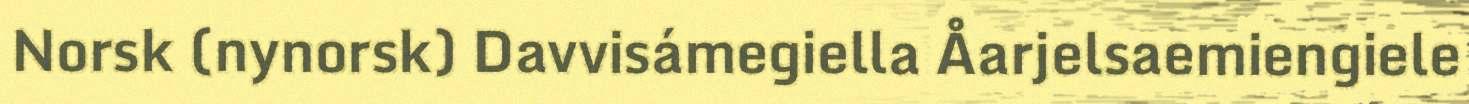
Norsk (nynorsk) Davvisámegiella Åarjelsaemiengiele